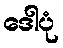
ဒေါပုံ